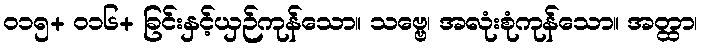
၀၁၅+ ၀၁၆+ ခြင်းနှင့်ယှဉ်ကုန်သော။ သဗ္ဗေ၊ အလုံးစုံကုန်သော။ အတ္ထာ၊